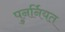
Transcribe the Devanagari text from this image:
पुनर्नियत